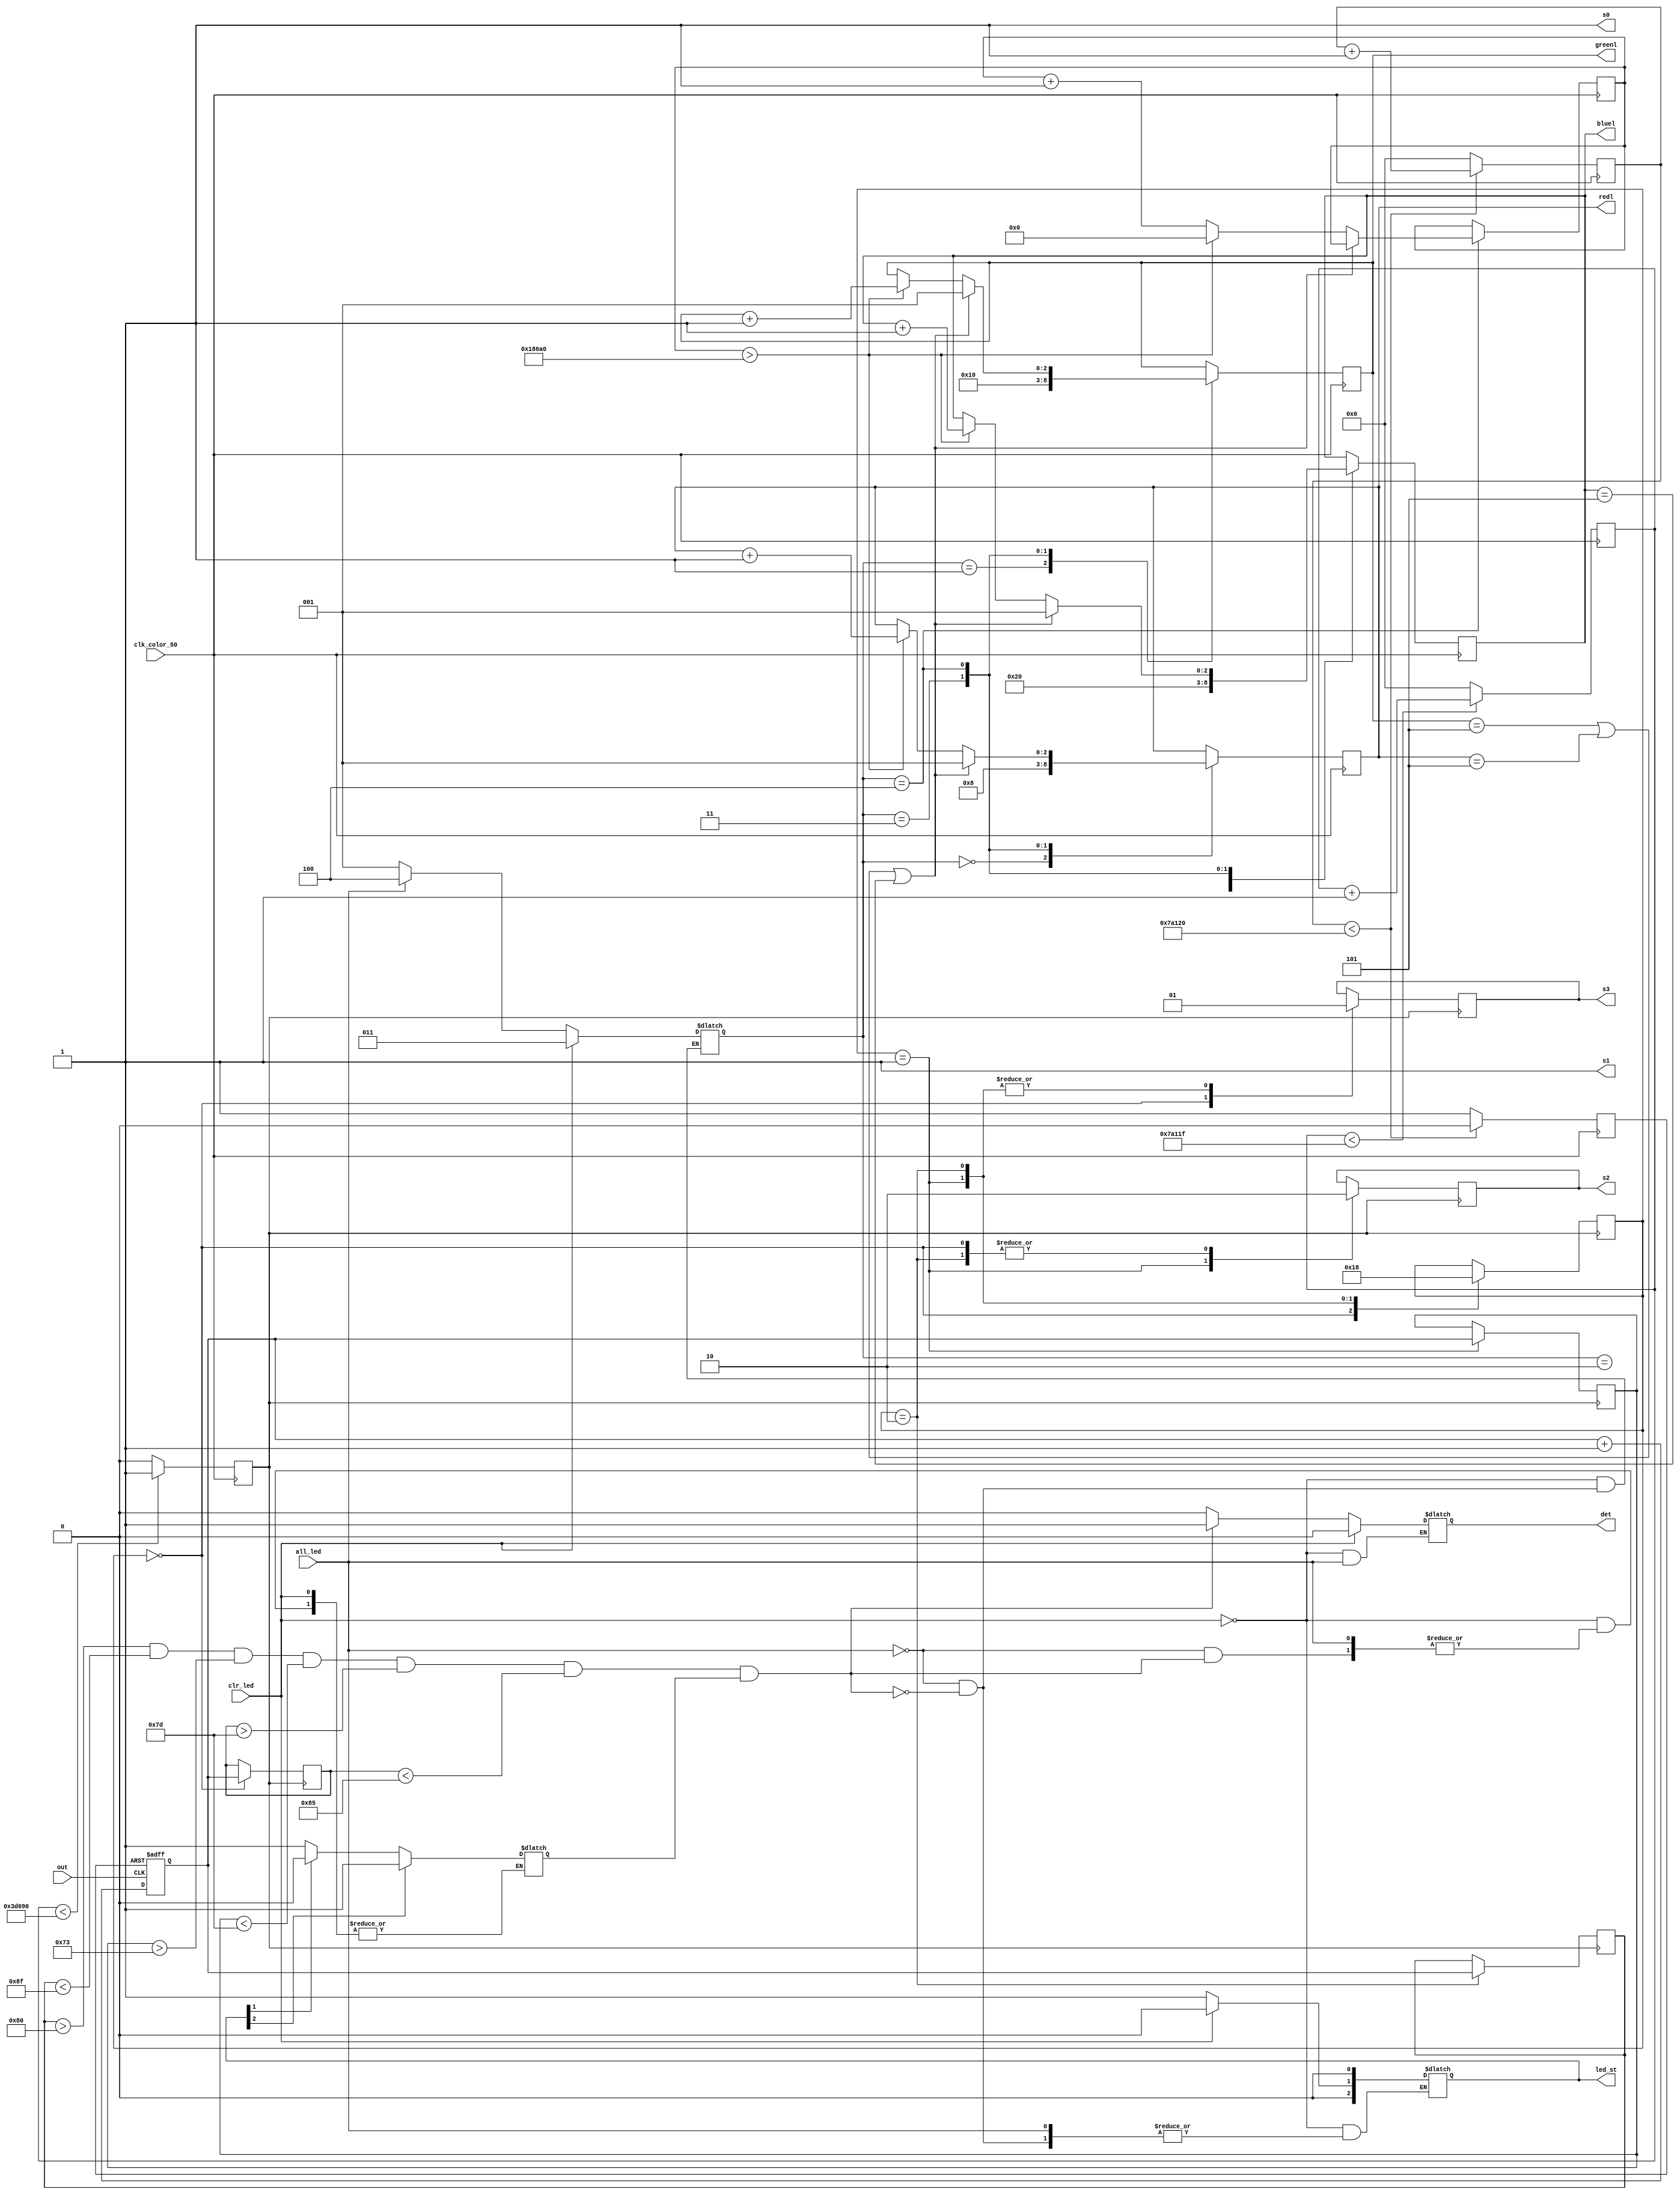
module SM1068_color_sensor(
	input clk_color_50,
	input out,
	output s0,
	output s1,
	output s2,
	output s3,
	output [2:0]redl,
	output [2:0]greenl,
	output [2:0]bluel,
	output det,
	input clr_led,
	output[2:0] led_st,
	input all_led
);

parameter red=0,green=1,blue=2;
parameter red_led=0,green_led=1,blue_led=2,no_led=3,blink_led=4;
reg[2:0] led_state=no_led;
reg [23:0] led_counter=0;

reg [1:0] state=red;
reg [2:0] led_stb=0;
reg det_buf=0;
reg s0_buf=1;
reg s1_buf=1;
reg s2_buf=0;
reg s3_buf=0;

reg r=0;
reg g=1;
reg b=0;

reg [2:0]red_buf=0;
reg [2:0]green_buf=0;
reg [2:0]blue_buf=0;

reg s_clk;

reg[21:0] counter=0;
reg[21:0] rst_counter=0;
reg[21:0] out_counter=0;
reg rst=0;

reg[21:0] red_counter=0;
reg[21:0] green_counter=0;
reg[21:0] blue_counter=0;

reg fla=0;
reg[35:0] fla_cnt=0;

always@(posedge clk_color_50) begin
fla_cnt<=(fla_cnt<500000000)?fla_cnt+1:500001000;
fla<=(fla_cnt<500000000)?0:1;
end



always @(posedge clk_color_50) begin
counter<=(counter<499999)?counter+1:0;
s_clk<=(counter<250000)?1:0;

rst_counter<=(rst_counter<500000)?rst_counter+1:0;
rst<=(rst_counter<500000)?0:1;
end

always @(posedge out or posedge rst) begin
	if(rst==1) begin
			out_counter<=0;
			end
	else begin
		  out_counter<=out_counter+1;	
		  end
end

always @(posedge s_clk) begin

	case(state)
		red:begin
		    s2_buf<=0;
			 s3_buf<=0;
			 blue_counter<=out_counter;
			 state<=green;
			 end
		
		green:begin
				s2_buf<=1;
			   s3_buf<=1;
				red_counter<=out_counter;
				state<=blue;
			   end
		
		blue:begin
				s2_buf<=0;
			   s3_buf<=1;
				green_counter<=out_counter;
				state<=red;
			   end
		
		
	endcase

end

always @(posedge clk_color_50) begin

	case(led_state)
		red_led:begin
				red_buf<=1;
		    end
		
		green_led:begin
					green_buf<=2;
				end
		
		blue_led:begin
				 blue_buf<=4;
				end
		no_led:begin
				red_buf<=0;
				green_buf<=0;
				blue_buf<=0;
		 
				end
		blink_led:begin
				if(green_buf == 5 | red_buf == 5|blue_buf == 5)
							begin
								green_buf<=1;
								red_buf<=1;
								blue_buf<=1;
							end
					else if(led_counter>100000) begin
								green_buf<=green_buf+1;
								red_buf<=red_buf+1;
								blue_buf<=blue_buf+1;
								led_counter<=0;
							end
					else begin
							led_counter<=led_counter+1;
					end

				end
		
	endcase

end

always @(clk_color_50) begin
	if(clr_led) begin
		 det_buf<=0;
		 led_stb<=0;
		 led_state<=no_led;
		 
		 	
		 end
	else if(all_led) begin
				led_state<=blink_led;
					
			end
	
	else if(green_counter>107 & green_counter<115 &  red_counter>85 & red_counter<104 & blue_counter>158 & blue_counter<185 & b) begin
       //red_buf<=0;
		 //green_buf<=0;
		led_state<=blue_led;

		 
		 det_buf<=1;
		 
		 led_stb[0]<=1;
		 led_stb[1]<=0;
		 led_stb[2]<=0;
		 end
	
	
	else if(green_counter>78 & green_counter<93 &  red_counter>157 & red_counter<167 & blue_counter>97 & blue_counter<113 & r ) begin
       led_state<=red_led;

		 
		 //green_buf<=0;
		 //blue_buf<=0;
		 det_buf<=1;
		 led_stb[0]<=0;
		 led_stb[1]<=0;
		 led_stb[2]<=1;
		 
		 end
	
	else if(green_counter> 128 & green_counter<143 &  red_counter>115 & red_counter<125 & blue_counter>125 & blue_counter<133 & g) begin
       //red_buf<=0;
		 
		 led_state<=green_led;

		 //blue_buf<=0;
		 det_buf<=1;
		 led_stb[0]<=0;
		 led_stb[1]<=1;
		 led_stb[2]<=0;
		 end
	
	else begin
		 det_buf<=0;
		 
		 
		 if(led_stb[2]) begin
			r<=0;
			g<=1;
			b<=0;
			end 
		 else if(led_stb[1]) begin
			r<=0;
			g<=0;
			b<=0;
			end
		 else if(led_stb[0]) begin
			r<=0;
			g<=1;
			b<=0;
			end
		 else begin
			r<=0;
			g<=1;
			b<=0;
		 end
		 
       
		 end

end


assign s0=s0_buf;
assign s1=s1_buf;
assign s2=s2_buf;
assign s3=s3_buf;


assign redl=red_buf;
assign greenl=green_buf;
assign bluel=blue_buf;

assign det=det_buf;
assign led_st=led_stb;


endmodule